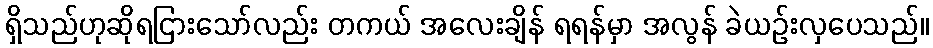
ရှိသည်ဟုဆိုရငြားသော်လည်း တကယ် အလေးချိန် ရရန်မှာ အလွန် ခဲယဉ်းလှပေသည်။